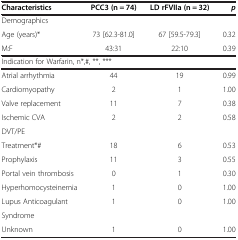
<table><thead><tr><td><b>Characteristics</b></td><td><b>PCC3 (n = 74)</b></td><td><b>LD rFVIIa (n = 32)</b></td><td><b><i>p</i></b></td></tr></thead><tbody><tr><td>Demographics</td><td> </td><td> </td><td> </td></tr><tr><td>Age (years)*</td><td>73 [62.3-81.0]</td><td>67 [59.5-79.3]</td><td>0.32</td></tr><tr><td>M:F</td><td>43:31</td><td>22:10</td><td>0.39</td></tr><tr><td colspan="4">Indication for Warfarin, n*,#, **, ***</td></tr><tr><td>Atrial arrhythmia</td><td>44</td><td>19</td><td>0.99</td></tr><tr><td>Cardiomyopathy</td><td>2</td><td>1</td><td>1.00</td></tr><tr><td>Valve replacement</td><td>11</td><td>7</td><td>0.38</td></tr><tr><td>Ischemic CVA</td><td>2</td><td>2</td><td>0.58</td></tr><tr><td>DVT/PE</td><td> </td><td> </td><td> </td></tr><tr><td>Treatment*#</td><td>18</td><td>6</td><td>0.53</td></tr><tr><td>Prophylaxis</td><td>11</td><td>3</td><td>0.55</td></tr><tr><td>Portal vein thrombosis</td><td>0</td><td>1</td><td>0.30</td></tr><tr><td>Hyperhomocysteinemia</td><td>1</td><td>0</td><td>1.00</td></tr><tr><td>Lupus Anticoagulant</td><td>1</td><td>0</td><td>1.00</td></tr><tr><td>Syndrome</td><td> </td><td> </td><td> </td></tr><tr><td>Unknown</td><td>1</td><td>0</td><td>1.00</td></tr></tbody></table>